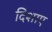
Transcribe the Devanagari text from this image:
दिशाए